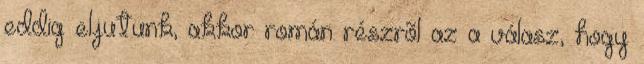
eddig eljutunk, akkor román részrõl az a válasz, hogy